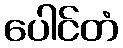
ပေါင်တံ